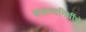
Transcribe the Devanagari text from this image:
करूणानिधींचे